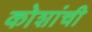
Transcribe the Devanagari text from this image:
कोशांची